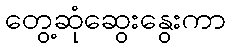
တွေ့ဆုံဆွေးနွေးကာ